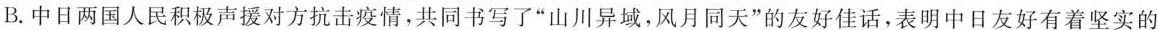
B.中日两国人民积极声援对方抗击疫情，共同书写了”山川异域，风月同天”的友好佳话，表明中日友好有着坚实的